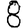
Digit: 8